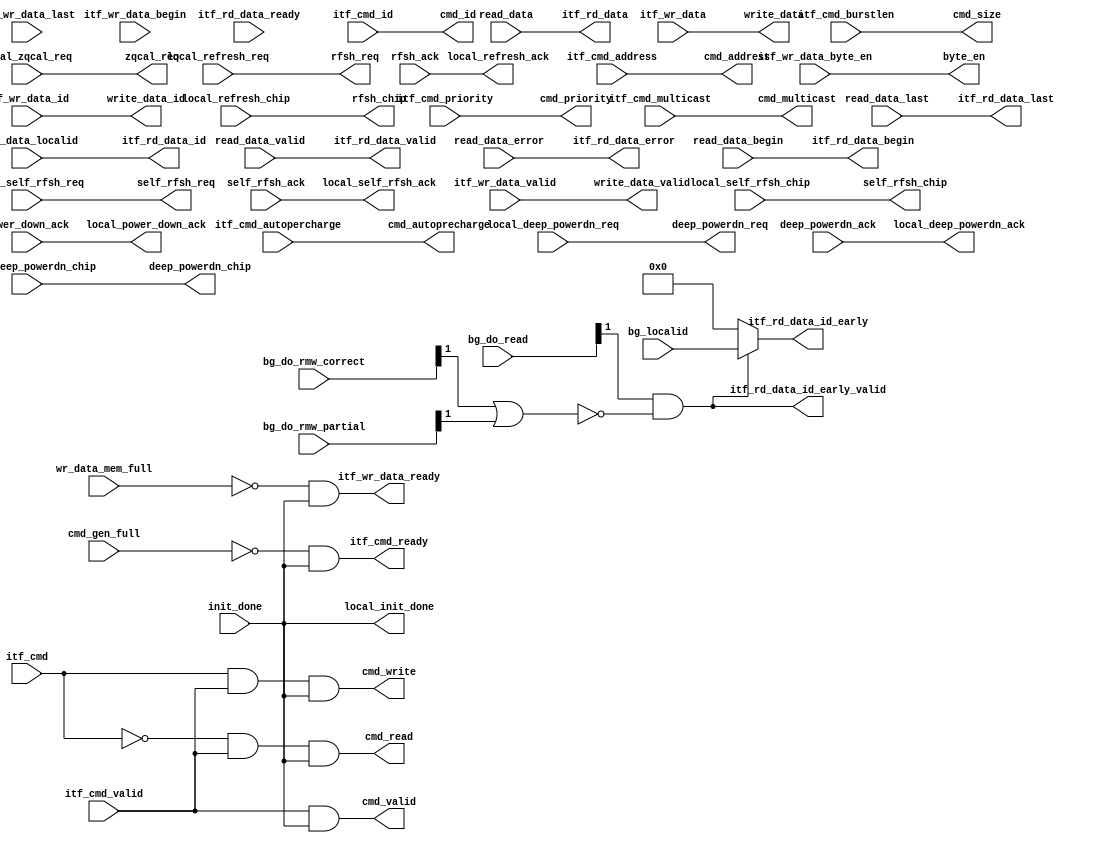
module alt_mem_ddrx_input_if 
    #(parameter 
    CFG_LOCAL_DATA_WIDTH    = 64,
    CFG_LOCAL_ID_WIDTH      = 8,
    CFG_LOCAL_ADDR_WIDTH    = 33,
    CFG_LOCAL_SIZE_WIDTH    = 3,
    CFG_MEM_IF_CHIP         = 1,
    CFG_AFI_INTF_PHASE_NUM  = 2,
    CFG_CTL_ARBITER_TYPE    = "ROWCOL"
    )
    (
        // cmd channel
        itf_cmd_ready,
        itf_cmd_valid,
        itf_cmd,
        itf_cmd_address,
        itf_cmd_burstlen,
        itf_cmd_id,
        itf_cmd_priority,
        itf_cmd_autopercharge,
        itf_cmd_multicast,
    
        // write data channel
        itf_wr_data_ready,
        itf_wr_data_valid,
        itf_wr_data,
        itf_wr_data_byte_en,
        itf_wr_data_begin,
        itf_wr_data_last,
        itf_wr_data_id,
        
        // read data channel
        itf_rd_data_ready,
        itf_rd_data_valid,
        itf_rd_data,
        itf_rd_data_error,
        itf_rd_data_begin,
        itf_rd_data_last,
        itf_rd_data_id,
        itf_rd_data_id_early,
        itf_rd_data_id_early_valid,

        // command generator
        cmd_gen_full,
        cmd_valid,
        cmd_address,
        cmd_write,
        cmd_read,
        cmd_multicast,
        cmd_size,
        cmd_priority,
        cmd_autoprecharge,
        cmd_id,
        
        // write data path
        wr_data_mem_full,
        write_data_id,
        write_data,
        byte_en,
        write_data_valid,
        
        // read data path
        read_data,
        read_data_valid,
        read_data_error,
        read_data_localid,
        read_data_begin,
        read_data_last, 
        
        //side band
        local_refresh_req,
        local_refresh_chip,
        local_zqcal_req,
        local_deep_powerdn_req,
        local_deep_powerdn_chip,
        local_self_rfsh_req,
        local_self_rfsh_chip,
        local_refresh_ack,
        local_deep_powerdn_ack,
        local_power_down_ack,
        local_self_rfsh_ack,
        local_init_done,
        
        bg_do_read,
        bg_do_rmw_correct,
        bg_do_rmw_partial,
        bg_localid,
        rfsh_req,
        rfsh_chip,
        zqcal_req,
        deep_powerdn_req,
        deep_powerdn_chip,
        self_rfsh_req,
        self_rfsh_chip,
        rfsh_ack,
        deep_powerdn_ack,
        power_down_ack,
        self_rfsh_ack,
        init_done
    
    );

    localparam AFI_INTF_LOW_PHASE  = 0;
    localparam AFI_INTF_HIGH_PHASE = 1;

    // command channel
    output  itf_cmd_ready;
    input   [CFG_LOCAL_ADDR_WIDTH-1:0] itf_cmd_address;
    input   itf_cmd_valid;
    input   itf_cmd;
    input   [CFG_LOCAL_SIZE_WIDTH-1:0] itf_cmd_burstlen;
    input   [CFG_LOCAL_ID_WIDTH - 1 : 0] itf_cmd_id;
    input   itf_cmd_priority;
    input   itf_cmd_autopercharge;
    input   itf_cmd_multicast;
    
    // write data channel
    output  itf_wr_data_ready;
    input   itf_wr_data_valid;
    input   [CFG_LOCAL_DATA_WIDTH-1:0] itf_wr_data;
    input   [CFG_LOCAL_DATA_WIDTH/8-1:0] itf_wr_data_byte_en;
    input   itf_wr_data_begin;
    input   itf_wr_data_last;
    input   [CFG_LOCAL_ID_WIDTH-1:0] itf_wr_data_id;
        
    // read data channel
    input   itf_rd_data_ready;
    output  itf_rd_data_valid;
    output  [CFG_LOCAL_DATA_WIDTH-1:0] itf_rd_data;
    output  itf_rd_data_error;
    output  itf_rd_data_begin;
    output  itf_rd_data_last;
    output  [CFG_LOCAL_ID_WIDTH-1:0] itf_rd_data_id;
    output  [CFG_LOCAL_ID_WIDTH-1:0] itf_rd_data_id_early;
    output                           itf_rd_data_id_early_valid;
    
    // command generator
    input   cmd_gen_full;
    output  cmd_valid;
    output  [CFG_LOCAL_ADDR_WIDTH-1:0] cmd_address;
    output  cmd_write;
    output  cmd_read;
    output  cmd_multicast;
    output  [CFG_LOCAL_SIZE_WIDTH-1:0] cmd_size;
    output  cmd_priority;
    output  cmd_autoprecharge;
    output  [CFG_LOCAL_ID_WIDTH-1:0] cmd_id;

    // write data path
    output  [CFG_LOCAL_DATA_WIDTH-1:0] write_data;
    output  [CFG_LOCAL_DATA_WIDTH/8-1:0] byte_en;
    output  write_data_valid;
    input   wr_data_mem_full;
    output  [CFG_LOCAL_ID_WIDTH-1:0] write_data_id;

    // read data path
    input   [CFG_LOCAL_DATA_WIDTH-1:0] read_data;
    input   read_data_valid;
    input   read_data_error;
    input   [CFG_LOCAL_ID_WIDTH-1:0]read_data_localid;
    input   read_data_begin;
    input   read_data_last;
        
    //side band
    input   local_refresh_req;
    input   [CFG_MEM_IF_CHIP-1:0] local_refresh_chip;
    input   local_zqcal_req;
    input   local_deep_powerdn_req;
    input   [CFG_MEM_IF_CHIP-1:0] local_deep_powerdn_chip;
    input   local_self_rfsh_req;
    input   [CFG_MEM_IF_CHIP-1:0] local_self_rfsh_chip;
    output  local_refresh_ack;
    output  local_deep_powerdn_ack;
    output  local_power_down_ack;
    output  local_self_rfsh_ack;
    output  local_init_done;
    
    //side band
    input   [CFG_AFI_INTF_PHASE_NUM - 1 : 0] bg_do_read;
    input   [CFG_LOCAL_ID_WIDTH     - 1 : 0] bg_localid;
    input   [CFG_AFI_INTF_PHASE_NUM - 1 : 0] bg_do_rmw_correct;
    input   [CFG_AFI_INTF_PHASE_NUM - 1 : 0] bg_do_rmw_partial;
    output  rfsh_req;
    output  [CFG_MEM_IF_CHIP-1:0] rfsh_chip;
    output  zqcal_req;
    output  deep_powerdn_req;
    output  [CFG_MEM_IF_CHIP-1:0] deep_powerdn_chip;
    output  self_rfsh_req;
    output  [CFG_MEM_IF_CHIP-1:0] self_rfsh_chip;
    input   rfsh_ack;
    input   deep_powerdn_ack;
    input   power_down_ack;
    input   self_rfsh_ack;
    input   init_done;
        
    // command generator
    wire    cmd_priority;
    wire    [CFG_LOCAL_ADDR_WIDTH-1:0] cmd_address;
    wire    cmd_read;
    wire    cmd_write;
    wire    cmd_multicast;
    wire    cmd_gen_full;
    wire    cmd_valid;
    wire    itf_cmd_ready;
    wire    cmd_autoprecharge;
    wire    [CFG_LOCAL_SIZE_WIDTH-1:0] cmd_size;
    
    //side band
    wire   [CFG_AFI_INTF_PHASE_NUM - 1 : 0] bg_do_read;
    wire   [CFG_LOCAL_ID_WIDTH     - 1 : 0] bg_localid;
    wire   [CFG_AFI_INTF_PHASE_NUM - 1 : 0] bg_do_rmw_correct;
    wire   [CFG_AFI_INTF_PHASE_NUM - 1 : 0] bg_do_rmw_partial;
    wire rfsh_req;
    wire [CFG_MEM_IF_CHIP-1:0] rfsh_chip;
    wire 					   zqcal_req;
    wire deep_powerdn_req;
    wire [CFG_MEM_IF_CHIP-1:0] deep_powerdn_chip;
    wire    self_rfsh_req;
    //wire  rfsh_ack;
    //wire  deep_powerdn_ack;
    wire    power_down_ack;
    //wire  self_rfsh_ack;
    // wire init_done;
    
    //write data path
    wire    itf_wr_data_ready;
    wire    [CFG_LOCAL_DATA_WIDTH-1:0] write_data;
    wire    write_data_valid;
    wire    [CFG_LOCAL_DATA_WIDTH/8-1:0] byte_en;
    wire    [CFG_LOCAL_ID_WIDTH-1:0] write_data_id; 
    
    //read data path
    wire    itf_rd_data_valid;
    wire    [CFG_LOCAL_DATA_WIDTH-1:0] itf_rd_data;
    wire    itf_rd_data_error;
    wire    itf_rd_data_begin;
    wire    itf_rd_data_last;
    wire    [CFG_LOCAL_ID_WIDTH-1:0] itf_rd_data_id;
    wire    [CFG_LOCAL_ID_WIDTH-1:0] itf_rd_data_id_early;
    wire    itf_rd_data_id_early_valid;
    
    // commmand generator
    assign cmd_priority                 = itf_cmd_priority;
    assign cmd_address                  = itf_cmd_address;
    assign cmd_multicast                = itf_cmd_multicast;
    assign cmd_size                     = itf_cmd_burstlen;
    assign cmd_autoprecharge            = itf_cmd_autopercharge;
    assign cmd_id                       = itf_cmd_id;
    
    // side band    
    assign rfsh_req                     = local_refresh_req;
    assign rfsh_chip                    = local_refresh_chip;
    assign zqcal_req                    = local_zqcal_req;
    assign deep_powerdn_req             = local_deep_powerdn_req;
    assign deep_powerdn_chip            = local_deep_powerdn_chip;
    assign self_rfsh_req                = local_self_rfsh_req;
    assign self_rfsh_chip               = local_self_rfsh_chip;
    assign local_refresh_ack            = rfsh_ack;
    assign local_deep_powerdn_ack       = deep_powerdn_ack;
    assign local_power_down_ack         = power_down_ack;
    assign local_self_rfsh_ack          = self_rfsh_ack;
    assign local_init_done              = init_done;
    
    //write data path
    assign write_data                   = itf_wr_data;
    assign byte_en                      = itf_wr_data_byte_en;
    assign write_data_valid             = itf_wr_data_valid;
    assign write_data_id                = itf_wr_data_id;
    
    // read data path
    assign itf_rd_data_id               = read_data_localid;
    assign itf_rd_data_error            = read_data_error;
    assign itf_rd_data_valid            = read_data_valid;
    assign itf_rd_data_begin            = read_data_begin;
    assign itf_rd_data_last             = read_data_last;
    assign itf_rd_data                  = read_data;
    assign itf_rd_data_id_early         = (itf_rd_data_id_early_valid) ? bg_localid : {CFG_LOCAL_ID_WIDTH{1'b0}};
	
	//==============================================================================
	// Logic below is to tie low itf_cmd_ready, itf_cmd_valid and itf_wr_data_ready when local_init_done is low
	assign itf_cmd_ready      = ~cmd_gen_full & local_init_done;
	assign itf_wr_data_ready  = ~wr_data_mem_full & local_init_done;
	assign cmd_read           = ~itf_cmd & itf_cmd_valid & local_init_done;
    assign cmd_write          = itf_cmd & itf_cmd_valid & local_init_done;
	assign cmd_valid          = itf_cmd_valid & local_init_done;

    generate
    begin : gen_rd_data_id_early_valid
        if (CFG_CTL_ARBITER_TYPE == "COLROW")
        begin
            assign itf_rd_data_id_early_valid = bg_do_read [AFI_INTF_LOW_PHASE] & ~(bg_do_rmw_correct[AFI_INTF_LOW_PHASE]|bg_do_rmw_partial[AFI_INTF_LOW_PHASE]);
        end
        else
        begin
            assign itf_rd_data_id_early_valid = bg_do_read [AFI_INTF_HIGH_PHASE] & ~(bg_do_rmw_correct[AFI_INTF_HIGH_PHASE]|bg_do_rmw_partial[AFI_INTF_HIGH_PHASE]);
        end
    end
    endgenerate

    
endmodule